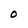
Character: 0